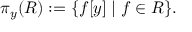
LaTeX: \pi _ { y } ( R ) : = \{ f [ y ] \mid f \in R \} .